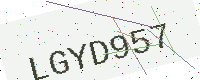
Text: LGYD957